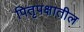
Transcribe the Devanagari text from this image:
पितृपक्षातील